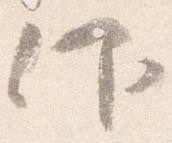
仰